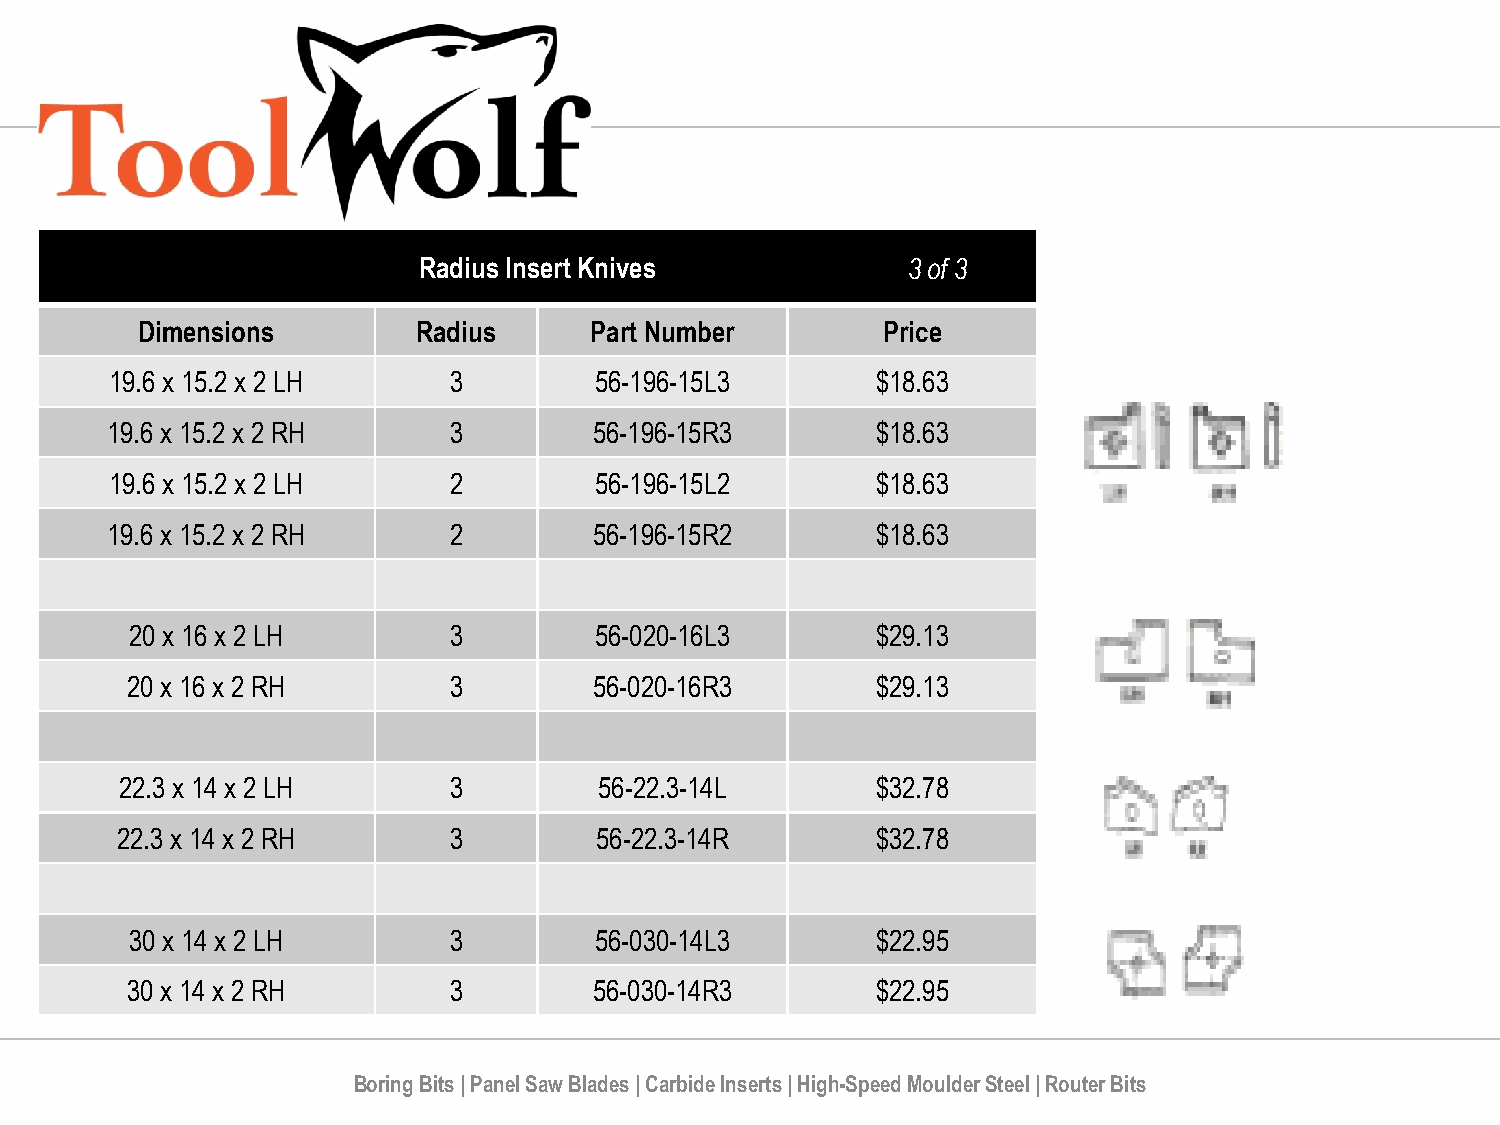
Radius Insert Knives            3 of 3
 Dimensions         Radius     Part Number        Price
 19.6 x 15.2 x 2 LH     3        56-196-15L3        $18.63
 19.6 x 15.2 x 2 RH     3        56-196-15R3        $18.63
 19.6 x 15.2 x 2 LH     2        56-196-15L2        $18.63
 19.6 x 15.2 x 2 RH     2        56-196-15R2        $18.63
 20 x 16 x 2 LH       3        56-020-16L3        $29.13
 20 x 16 x 2 RH        3        56-020-16R3        $29.13
 22.3 x 14 x 2 LH      3         56-22.3-14L       $32.78
 22.3 x 14 x 2 RH      3        56-22.3-14R        $32.78
 30 x 14 x 2 LH       3        56-030-14L3        $22.95
 30 x 14 x 2 RH        3        56-030-14R3        $22.95
 Boring Bits | Panel Saw Blades | Carbide Inserts | High-Speed Moulder Steel | Router Bits